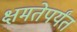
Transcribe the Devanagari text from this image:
क्षमतेपर्यंत